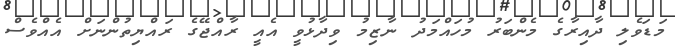
މަޑަވެލި ދާއިރާގެ މެންބަރު މުހައްމަދު ނާޒިމު ވިދާޅުވީ އެއީ ރާއްޖޭގެ ރައްޔިތުންނަށް އެއްވެސް